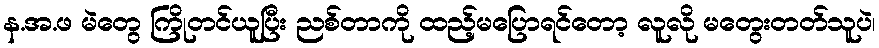
န.အ.ဖ မဲတွေ ကြိုတင်ယူပြီး ညစ်တာကို ထည့်မပြောရင်တော့ လူလို မတွေးတတ်သူပဲ၊